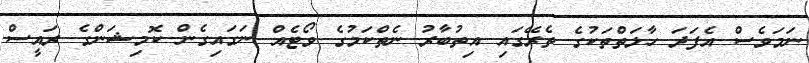
ނަމަވެސް އެފަދަ ހާލަތްތަކުގެ ތެރޭގައި އިތުބާރު ނެތްކަމުގެ ވޯޓެއް ނަގައިގެން ކޮމިޝަންގެ ރައީސް